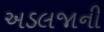
અડલજાની